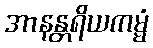
အာနန္တရိယကမ္မံ